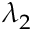
\lambda _ { 2 }